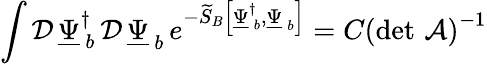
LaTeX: \int\mathcal{D}\, \underline{{\Psi}}_{\, b}^{\dagger}\, \mathcal{D}\, \underline{{\Psi}}_{\, b}\, e^{-\widetilde{S}_{B}\left[\underline{{\Psi}}_{\, b}^{\dagger},\underline{{\Psi}}_{\, b}\right]}=C\left(\operatorname*{det}\, \cal A\right)^{-1}